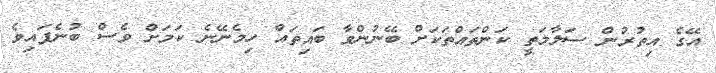
އޭގެ އިތުރުން ސަލާމަތީ ކަންތައްތަކަށް ބޭނުންވާ ބައިތައް ހިމެނޭނެ ކަމަށް ވެސް ބުނެފައިވެ